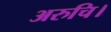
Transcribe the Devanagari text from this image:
अरुचि।